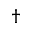
^ \dagger